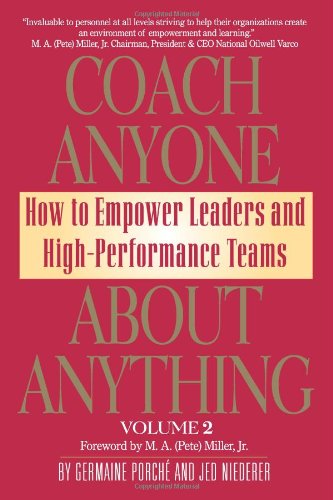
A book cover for Coach Anyone About Anything: How to Empower Leaders & High Performance Teams; Germaine Porche'; Business & Money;